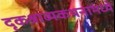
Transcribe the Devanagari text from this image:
दृकश्राव्यकथनामध्ये